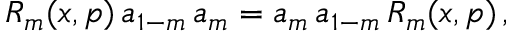
R _ { m } ( x , p ) \, a _ { 1 - m } \, a _ { m } = a _ { m } \, a _ { 1 - m } \, R _ { m } ( x , p ) \, ,